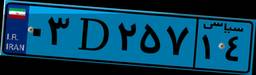
۳۲D۰۲۸۱۲